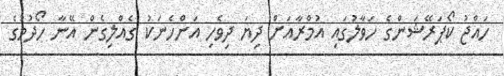
ހައްޖު ކޯޕަރޭޝަންގެ ހަވާލުގައި އުމްރާއަށް ދިޔަ ދިވެހި އަންހެނަކު ގެއްލިގެން އޭނާ ހޯދުމުގެ